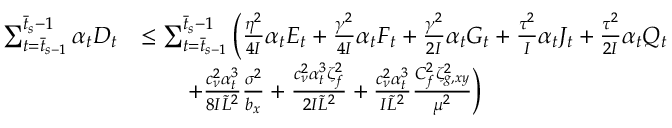
\begin{array} { r l } { \sum _ { t = \bar { t } _ { s - 1 } } ^ { \bar { t } _ { s } - 1 } \alpha _ { t } D _ { t } } & { \leq \sum _ { t = \bar { t } _ { s - 1 } } ^ { \bar { t } _ { s } - 1 } \bigg ( \frac { \eta ^ { 2 } } { 4 I } \alpha _ { t } E _ { t } + \frac { \gamma ^ { 2 } } { 4 I } \alpha _ { t } F _ { t } + \frac { \gamma ^ { 2 } } { 2 I } \alpha _ { t } G _ { t } + \frac { \tau ^ { 2 } } { I } \alpha _ { t } J _ { t } + \frac { \tau ^ { 2 } } { 2 I } \alpha _ { t } Q _ { t } } \\ & { \qquad + \frac { c _ { \nu } ^ { 2 } \alpha _ { t } ^ { 3 } } { 8 I \tilde { L } ^ { 2 } } \frac { \sigma ^ { 2 } } { b _ { x } } + \frac { c _ { \nu } ^ { 2 } \alpha _ { t } ^ { 3 } \zeta _ { f } ^ { 2 } } { 2 I \tilde { L } ^ { 2 } } + \frac { c _ { \nu } ^ { 2 } \alpha _ { t } ^ { 3 } } { I \tilde { L } ^ { 2 } } \frac { C _ { f } ^ { 2 } \zeta _ { g , x y } ^ { 2 } } { \mu ^ { 2 } } \bigg ) } \end{array}